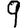
Digit: 9